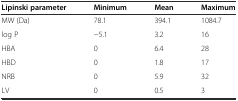
<table><thead><tr><td><b>Lipinski parameter</b></td><td><b>Minimum</b></td><td><b>Mean</b></td><td><b>Maximum</b></td></tr></thead><tbody><tr><td>MW (Da)</td><td>78.1</td><td>394.1</td><td>1084.7</td></tr><tr><td>log P</td><td>−5.1</td><td>3.2</td><td>16</td></tr><tr><td>HBA</td><td>0</td><td>6.4</td><td>28</td></tr><tr><td>HBD</td><td>0</td><td>1.8</td><td>17</td></tr><tr><td>NRB</td><td>0</td><td>5.9</td><td>32</td></tr><tr><td>LV</td><td>0</td><td>0.5</td><td>3</td></tr></tbody></table>